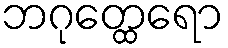
ဘဂုတ္ထေရော